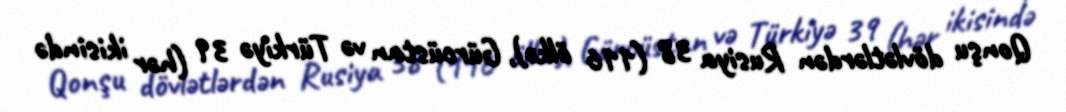
Qonşu dövlətlərdən Rusiya 38 (116 ölkə), Gürcüstan və Türkiyə 39 (hər ikisində